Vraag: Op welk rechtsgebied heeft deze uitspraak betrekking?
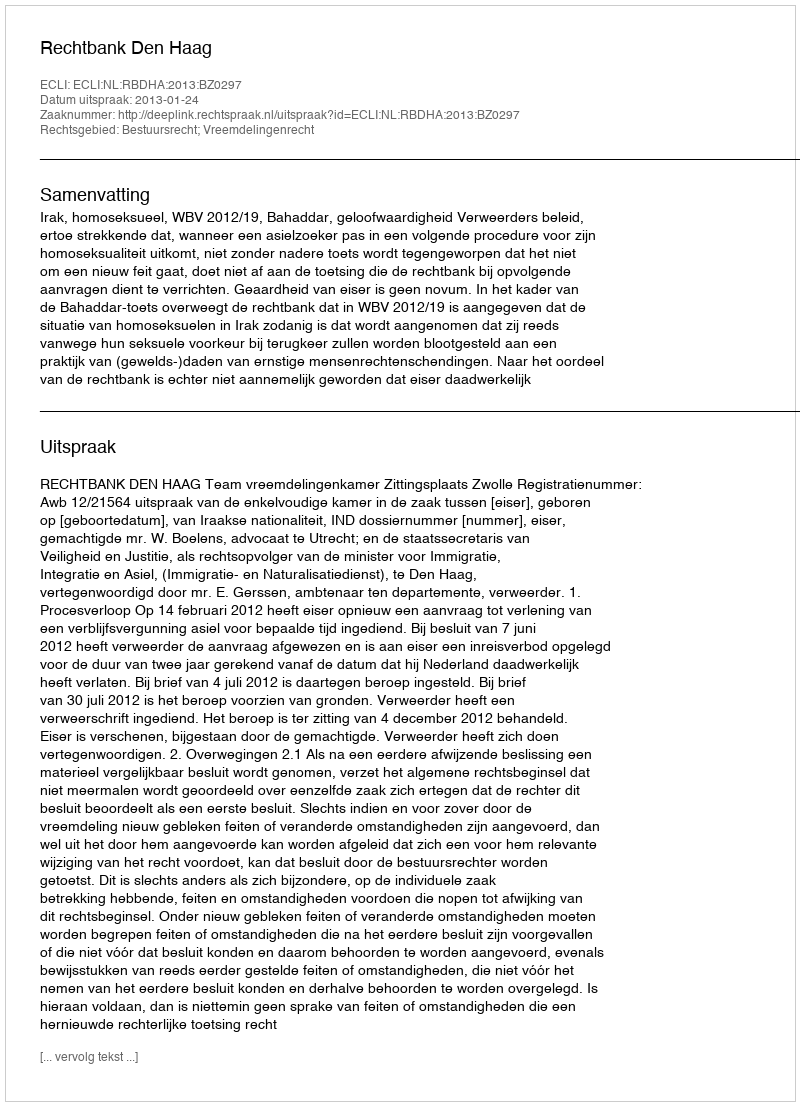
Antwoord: Bestuursrecht; Vreemdelingenrecht